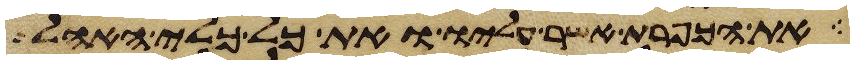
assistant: ואת הכפרת אשר עליו ואת כל כלי האהל